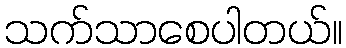
သက်သာစေပါတယ်။